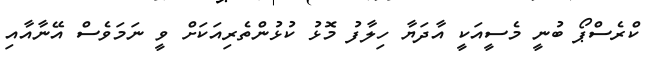
ކްރެސްޕޯ ބުނީ މެސީއަކީ އާދަޔާ ހިލާފު މޮޅު ކުޅުންތެރިއަކަށް ވީ ނަމަވެސް އޭނާއާއި